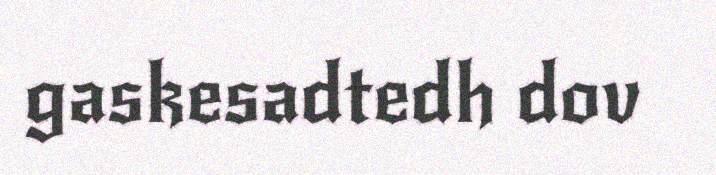
gaskesadtedh dov